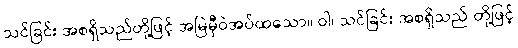
သင်ခြင်း အစရှိသည်တို့ဖြင့် အမြဲမှီဝဲအပ်ထသော။ ဝါ၊ သင်ခြင်း အစရှိသည် တို့ဖြင့်